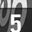
Digit: 5